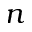
n